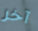
آخر